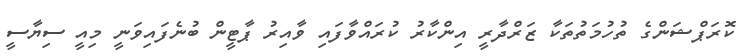
ކޮރަޕްޝަންގެ ތުހުމަތުތަކާ ޒަރްދާރީ އިންކާރު ކުރައްވާފައި ވާއިރު ޕާޓީން ބުނެފައިވަނީ މިއީ ސިޔާސީ